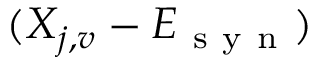
( X _ { j , v } - E _ { \mathrm { ~ s ~ y ~ n ~ } } )